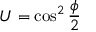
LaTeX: U = \cos ^ { 2 } { \frac { \phi } { 2 } }